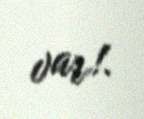
var!.